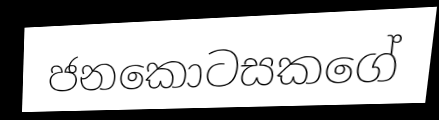
ජනකොටසකගේ